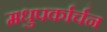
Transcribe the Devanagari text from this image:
मधुपर्कार्चन